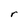
Character: r